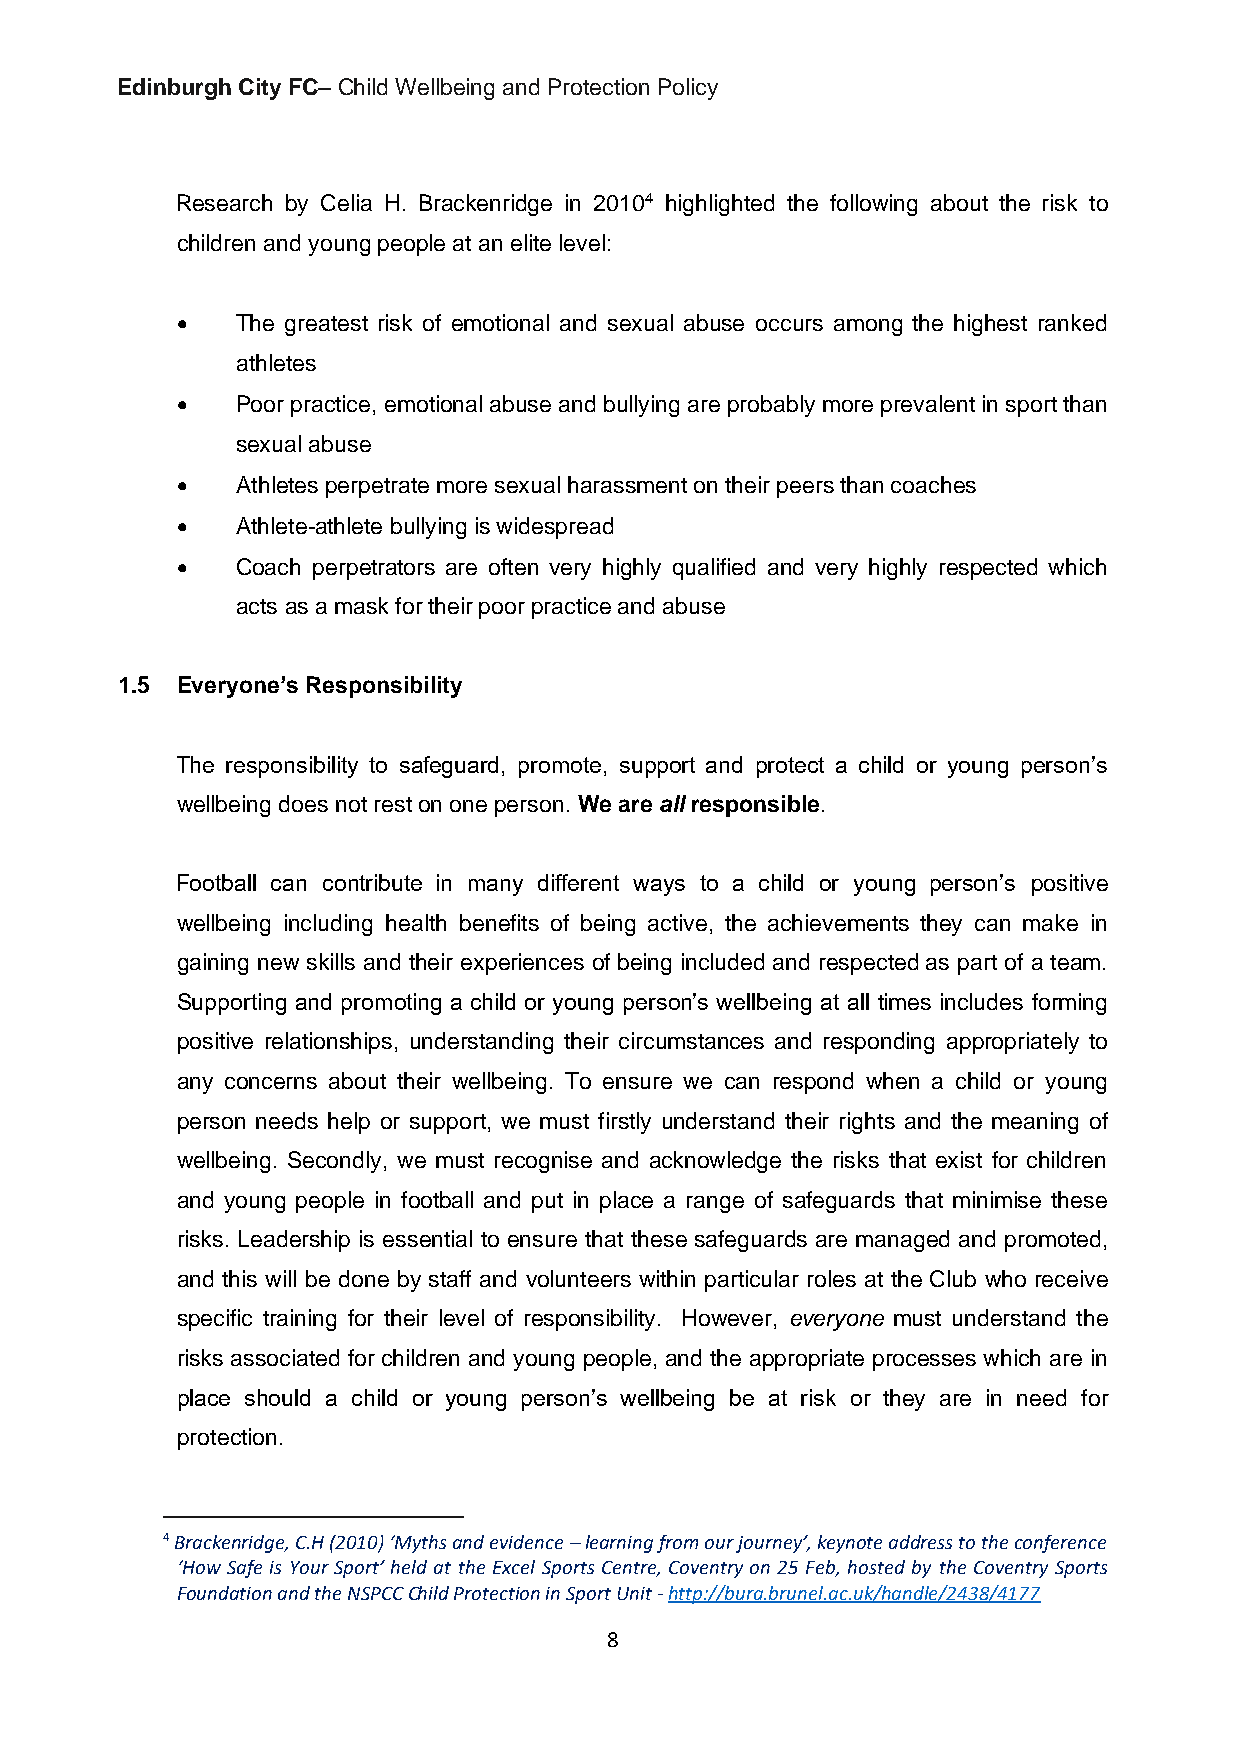
Edinburgh City FC– Child Wellbeing and Protection Policy
 Research by Celia H. Brackenridge in 20104 highlighted the following about the risk to
 children and young people at an elite level:
 •   The greatest risk of emotional and sexual abuse occurs among the highest ranked
 athletes
 •   Poor practice, emotional abuse and bullying are probably more prevalent in sport than
 sexual abuse
 •   Athletes perpetrate more sexual harassment on their peers than coaches
 •   Athlete-athlete bullying is widespread
 •   Coach perpetrators are often very highly qualified and very highly respected which
 acts as a mask for their poor practice and abuse
 1.5 Everyone’s Responsibility
 The responsibility to safeguard, promote, support and protect a child or young person’s
 wellbeing does not rest on one person. We are all responsible.
 Football can contribute in many different ways to a child or young person’s positive
 wellbeing including health benefits of being active, the achievements they can make in
 gaining new skills and their experiences of being included and respected as part of a team.
 Supporting and promoting a child or young person’s wellbeing at all times includes forming
 positive relationships, understanding their circumstances and responding appropriately to
 any concerns about their wellbeing. To ensure we can respond when a child or young
 person needs help or support, we must firstly understand their rights and the meaning of
 wellbeing. Secondly, we must recognise and acknowledge the risks that exist for children
 and young people in football and put in place a range of safeguards that minimise these
 risks. Leadership is essential to ensure that these safeguards are managed and promoted,
 and this will be done by staff and volunteers within particular roles at the Club who receive
 specific training for their level of responsibility. However, everyone must understand the
 risks associated for children and young people, and the appropriate processes which are in
 place should a child or young person’s wellbeing be at risk or they are in need for
 protection.
 4 Brackenridge, C.H (2010) ‘Myths and evidence – learning from our journey’, keynote address to the conference
 ‘How Safe is Your Sport’ held at the Excel Sports Centre, Coventry on 25 Feb, hosted by the Coventry Sports
 Foundation and the NSPCC Child Protection in Sport Unit - http://bura.brunel.ac.uk/handle/2438/4177
 8